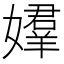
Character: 𡢡